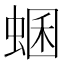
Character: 蜠